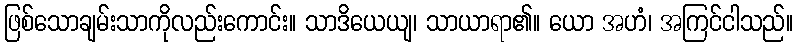
ဖြစ်သောချမ်းသာကိုလည်းကောင်း။ သာဒိယေယျ၊ သာယာရာ၏။ ယော အဟံ၊ အကြင်ငါသည်။